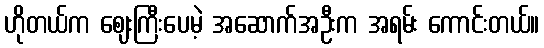
ဟိုတယ်က ဈေးကြီးပေမဲ့ အဆောက်အဦးက အရမ်း ကောင်းတယ်။